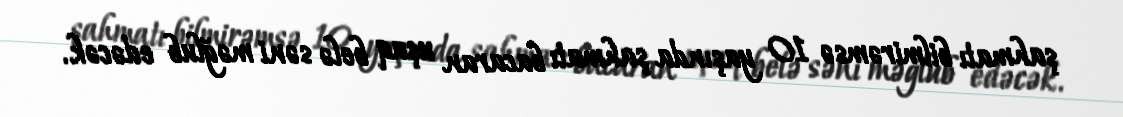
şahmatı bilmirəmsə 10 yaşında şahmatı bacaran uşaq belə səni məğlub edəcək.